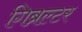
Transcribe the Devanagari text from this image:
गिब्रल्टर